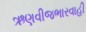
ઋણવીજભારવાહી